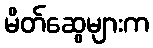
မိတ်ဆွေများက